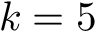
k = 5